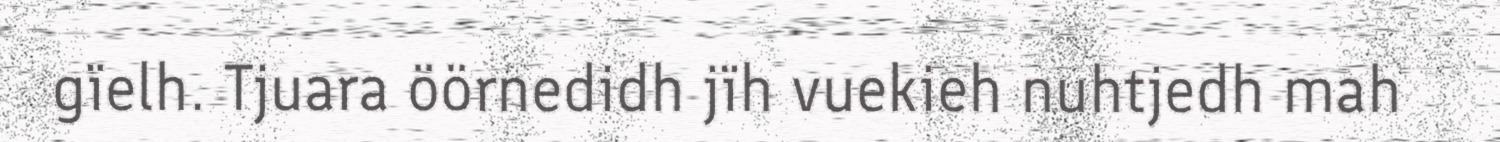
gïelh. Tjuara öörnedidh jïh vuekieh nuhtjedh mah